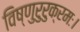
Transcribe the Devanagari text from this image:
विष्णुरुरुक्रमः।